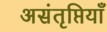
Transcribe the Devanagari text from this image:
असंतृप्तियाँ